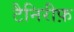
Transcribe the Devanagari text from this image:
टैनिरीफ़